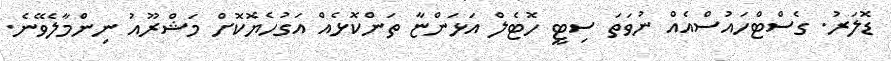
ޑޮލަރު. ގެސްޓްހައުސްއެއް ނުވަތަ ސިޓީ ހޮޓެލް އަޅަންޏާ ތަންކޮޅެއް އަގުހެޔޮކޮށް މަޝްރޫއު ނިންމާލެވޭނެ.